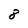
Character: 8